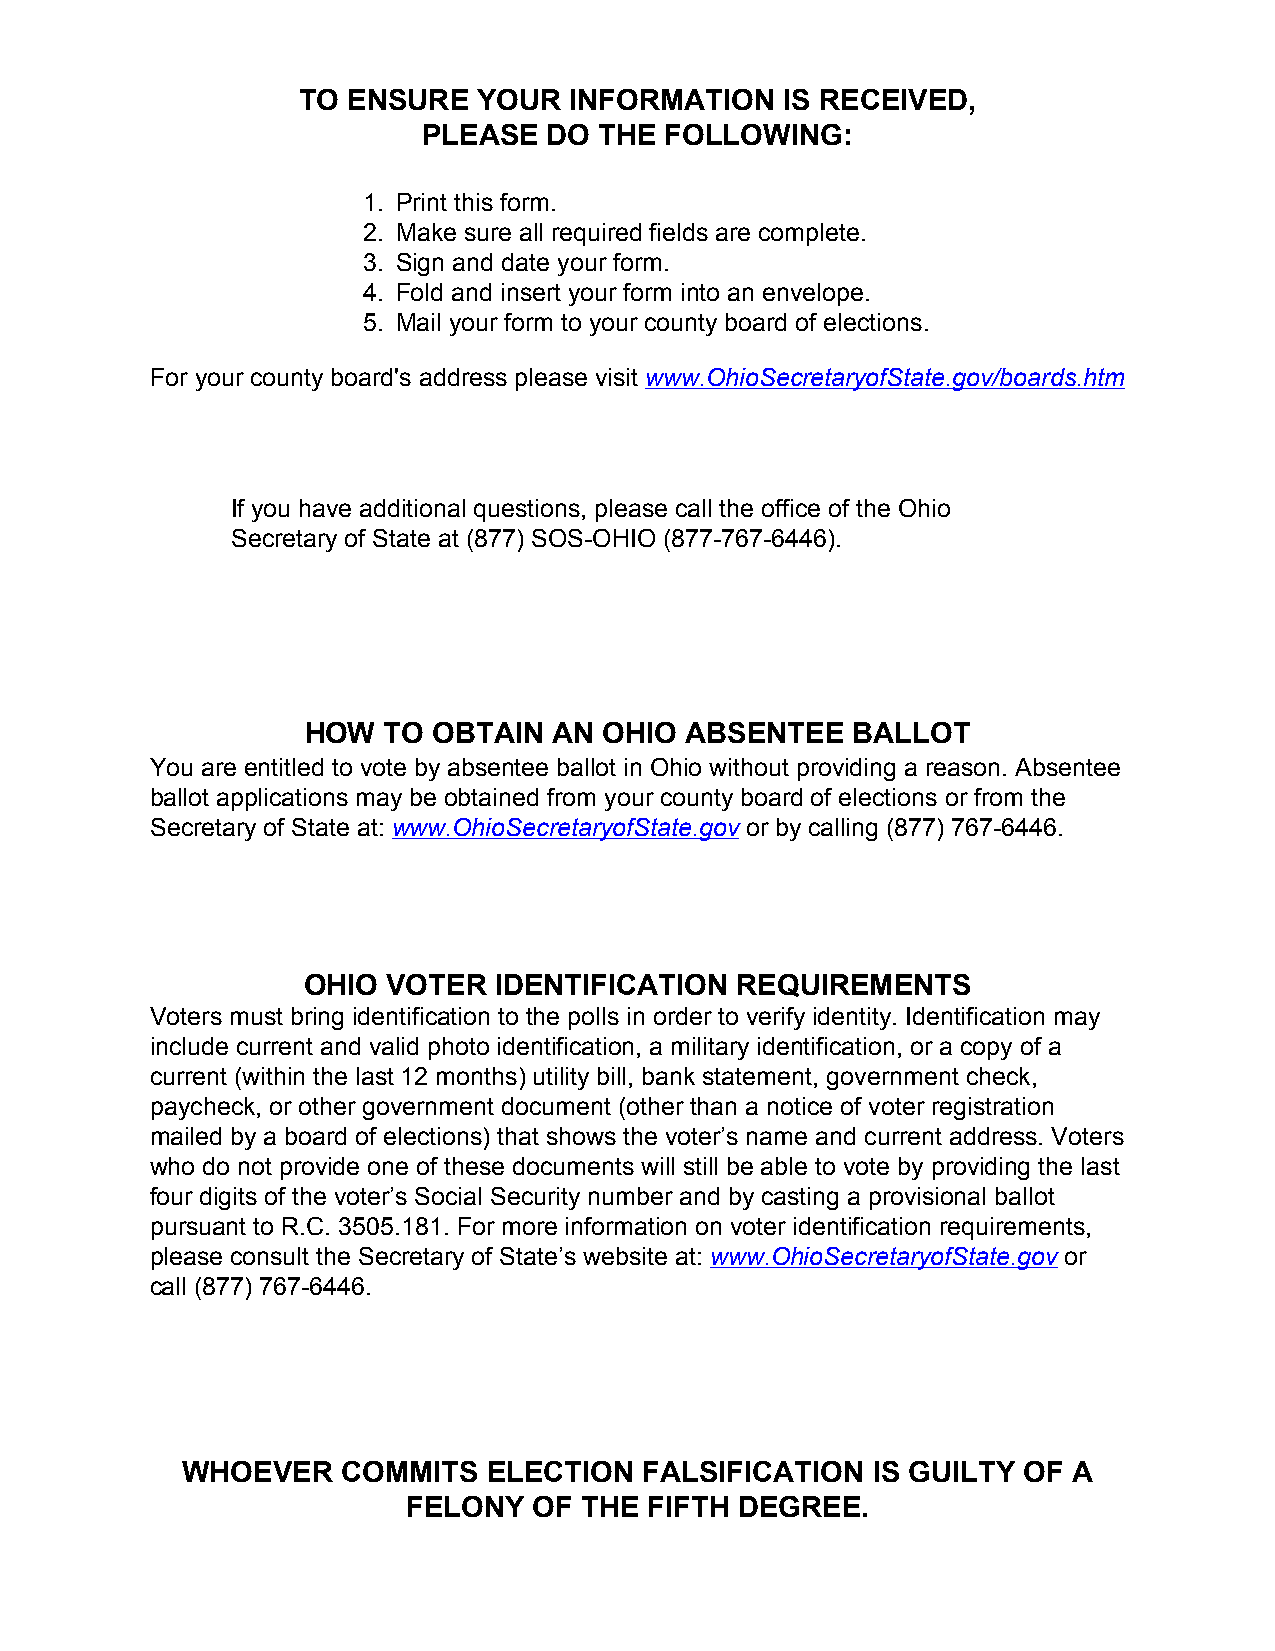
TO ENSURE   YOUR  INFORMATION   IS RECEIVED,
 PLEASE  DO  THE FOLLOWING:
 1. Print this form.
 2. Make sure all required fields are complete.
 3. Sign and date your form.
 4. Fold and insert your form into an envelope.
 5. Mail your form to your county board of elections.
 For your county board's address please visit www.OhioSecretaryofState.gov/boards.htm
 If you have additional questions, please call the office of the Ohio
 Secretary of State at (877) SOS-OHIO (877-767-6446).
 HOW  TO  OBTAIN  AN OHIO ABSENTEE   BALLOT
 You are entitled to vote by absentee ballot in Ohio without providing a reason. Absentee
 ballot applications may be obtained from your county board of elections or from the
 Secretary of State at: www.OhioSecretaryofState.gov or by calling (877) 767-6446.
 OHIO  VOTER  IDENTIFICATION  REQUIREMENTS
 Voters must bring identification to the polls in order to verify identity. Identification may
 include current and valid photo identification, a military identification, or a copy of a
 current (within the last 12 months) utility bill, bank statement, government check,
 paycheck, or other government document (other than a notice of voter registration
 mailed by a board of elections) that shows the voter’s name and current address. Voters
 who do not provide one of these documents will still be able to vote by providing the last
 four digits of the voter’s Social Security number and by casting a provisional ballot
 pursuant to R.C. 3505.181. For more information on voter identification requirements,
 please consult the Secretary of State’s website at: www.OhioSecretaryofState.gov or
 call (877) 767-6446.
 WHOEVER    COMMITS  ELECTION   FALSIFICATION  IS GUILTY OF A
 FELONY  OF THE  FIFTH DEGREE.